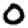
Digit: 0